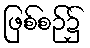
ဖြစ်စဉ်၌